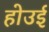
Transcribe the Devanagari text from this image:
होउई